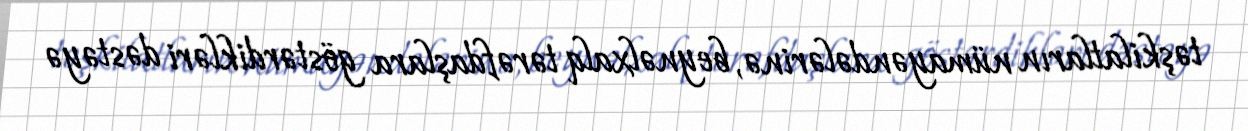
təşkilatların nümayəndələrinə, beynəlxalq tərəfdaşlara göstərdikləri dəstəyə